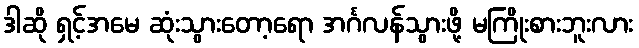
ဒါဆို ရှင့်အမေ ဆုံးသွားတော့ရော အင်္ဂလန်သွားဖို့ မကြိုးစားဘူးလား